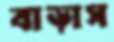
বাড়াস